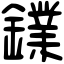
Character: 𨭥